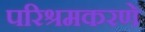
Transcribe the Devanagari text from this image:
परिश्रमकरणे